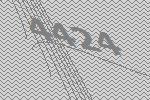
4424